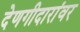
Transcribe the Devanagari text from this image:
देणगीदारांवर